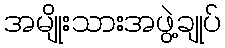
အမျိုးသားအဖွဲ့ချုပ်